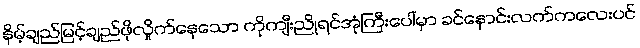
နိမ့်ချည်မြင့်ချည်ဖိုလှိုက်နေသော ကိုကျီးညိုရင်အုံကြီးပေါ်မှာ ခင်နှောင်းလက်ကလေးပင်